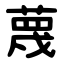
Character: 蔑